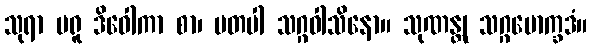
သုရာ မရူ ဒိဝေါကာ စာ၊ မတပါ သဂ္ဂဝါသိနော။ သုဏန္တု သဂ္ဂမောက္ခဒံ။